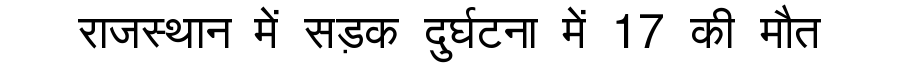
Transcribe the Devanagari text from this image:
राजस्थान में सड़क दुर्घटना में 17 की मौत